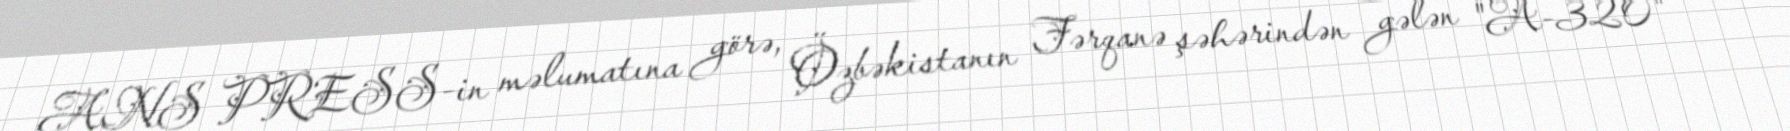
ANS PRESS-in məlumatına görə, Özbəkistanın Fərqanə şəhərindən gələn "A-320" və